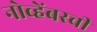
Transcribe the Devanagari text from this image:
नोव्हेंबरची